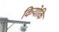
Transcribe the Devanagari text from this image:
कियोकि